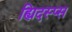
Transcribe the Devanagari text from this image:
ह्यिदस्प्स